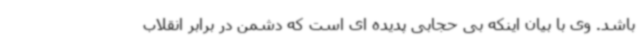
باشد. وی با بیان اینکه بی حجابی پدیده ای است که دشمن در برابر انقلاب